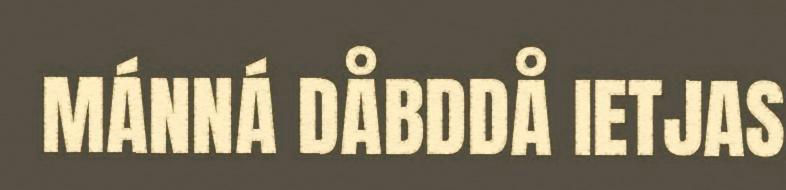
MÁNNÁ DÅBDDÅ IETJAS